Leaving Certificate Examination (including Day School Certificate (Higher) General paper), 1938
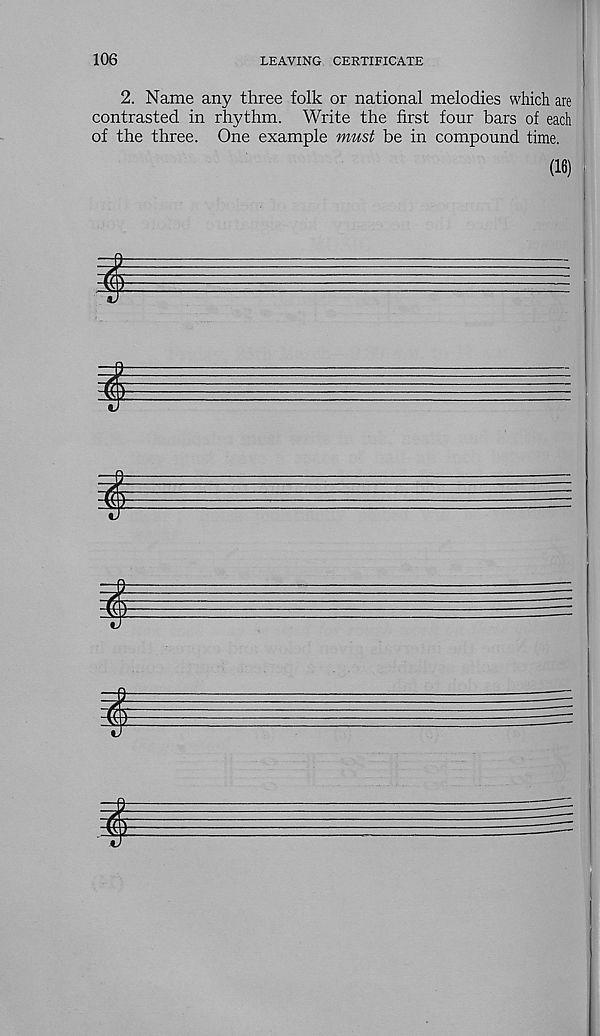
106
LEAVING CERTIFICATE
2. Name any three folk or national melodies which are
contrasted in rhythm. Write the first four bars of each
of the three. One example must be in compound time.
(16)
i
I